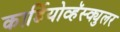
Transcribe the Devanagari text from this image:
कार्डियोव्हॅस्क्युलर